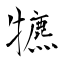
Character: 犥